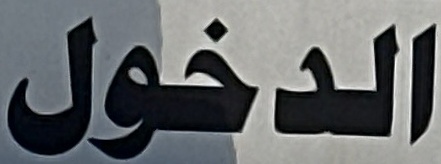
الدخول